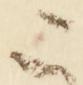
ニ